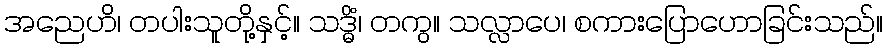
အညေဟိ၊ တပါးသူတို့နှင့်။ သဒ္ဓိံ၊ တကွ။ သလ္လာပေ၊ စကားပြောဟောခြင်းသည်။